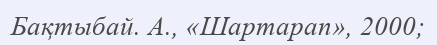
Бақтыбай. А., «Шартарап», 2000;